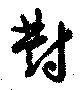
對